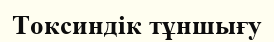
Токсиндік тұншығу